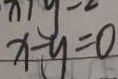
x - y = 0